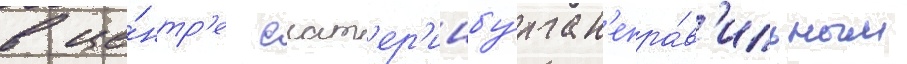
в це́нтр'е екат'ер'инбу́рга н'епра́в'ильным